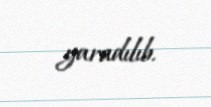
yaradılıb.